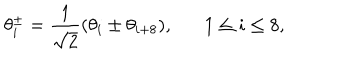
LaTeX: \theta _ { i } ^ { \pm } = \frac { 1 } { \sqrt { 2 } } ( \theta _ { i } \pm \theta _ { i + 8 } ) , 1 \leq i \leq 8 ,